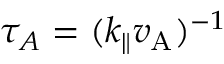
\tau _ { A } = ( k _ { \parallel } v _ { \mathrm { A } } ) ^ { - 1 }